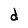
Character: d